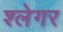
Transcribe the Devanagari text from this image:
श्लेगर